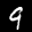
Label: 9